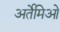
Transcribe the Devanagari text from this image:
अर्तेमिओ